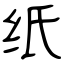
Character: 纸